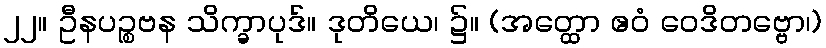
၂၂။ ဦနပဉ္စဗန သိက္ခာပုဒ်။ ဒုတိယေ၊ ၌။ (အတ္ထော ဧဝံ ဝေဒိတဗ္ဗော၊)